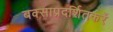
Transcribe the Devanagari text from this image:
बक्साप्रदर्शितकरें